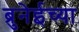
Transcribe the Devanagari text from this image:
ब्रुनेईच्या